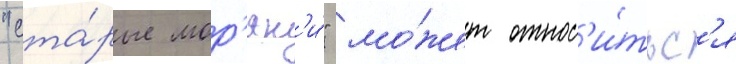
"ста́рые мор'як'и́" мо́жет относ'и́тьс'я